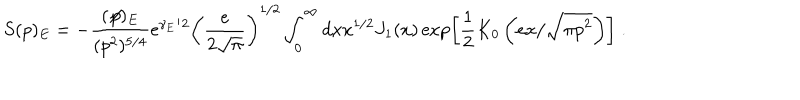
LaTeX: S ( p ) _ { E } = - \frac { ( \not \! p ) _ { E } } { ( p ^ { 2 } ) ^ { 5 / 4 } } \mathrm { e } ^ { \gamma _ { E } / 2 } \left( \frac { e } { 2 \sqrt { \pi } } \right) ^ { 1 / 2 } \int _ { 0 } ^ { \infty } d x x ^ { 1 / 2 } J _ { 1 } ( x ) \exp \left[ \frac { 1 } { 2 } K _ { 0 } \left( e x / \sqrt { \pi p ^ { 2 } } \right) \right] \; .